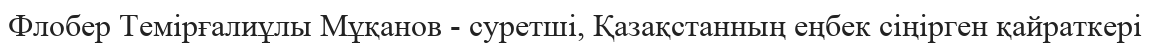
Флобер Темірғалиұлы Мұқанов - суретші, Қазақстанның еңбек сіңірген қайраткері